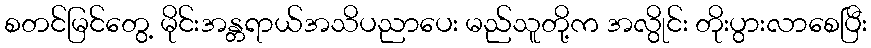
စတင်မြင်တွေ့ မိုင်းအန္တရာယ်အသိပညာပေး မည်သူတို့က အလွိုင်း တိုးပွားလာစေပြီး